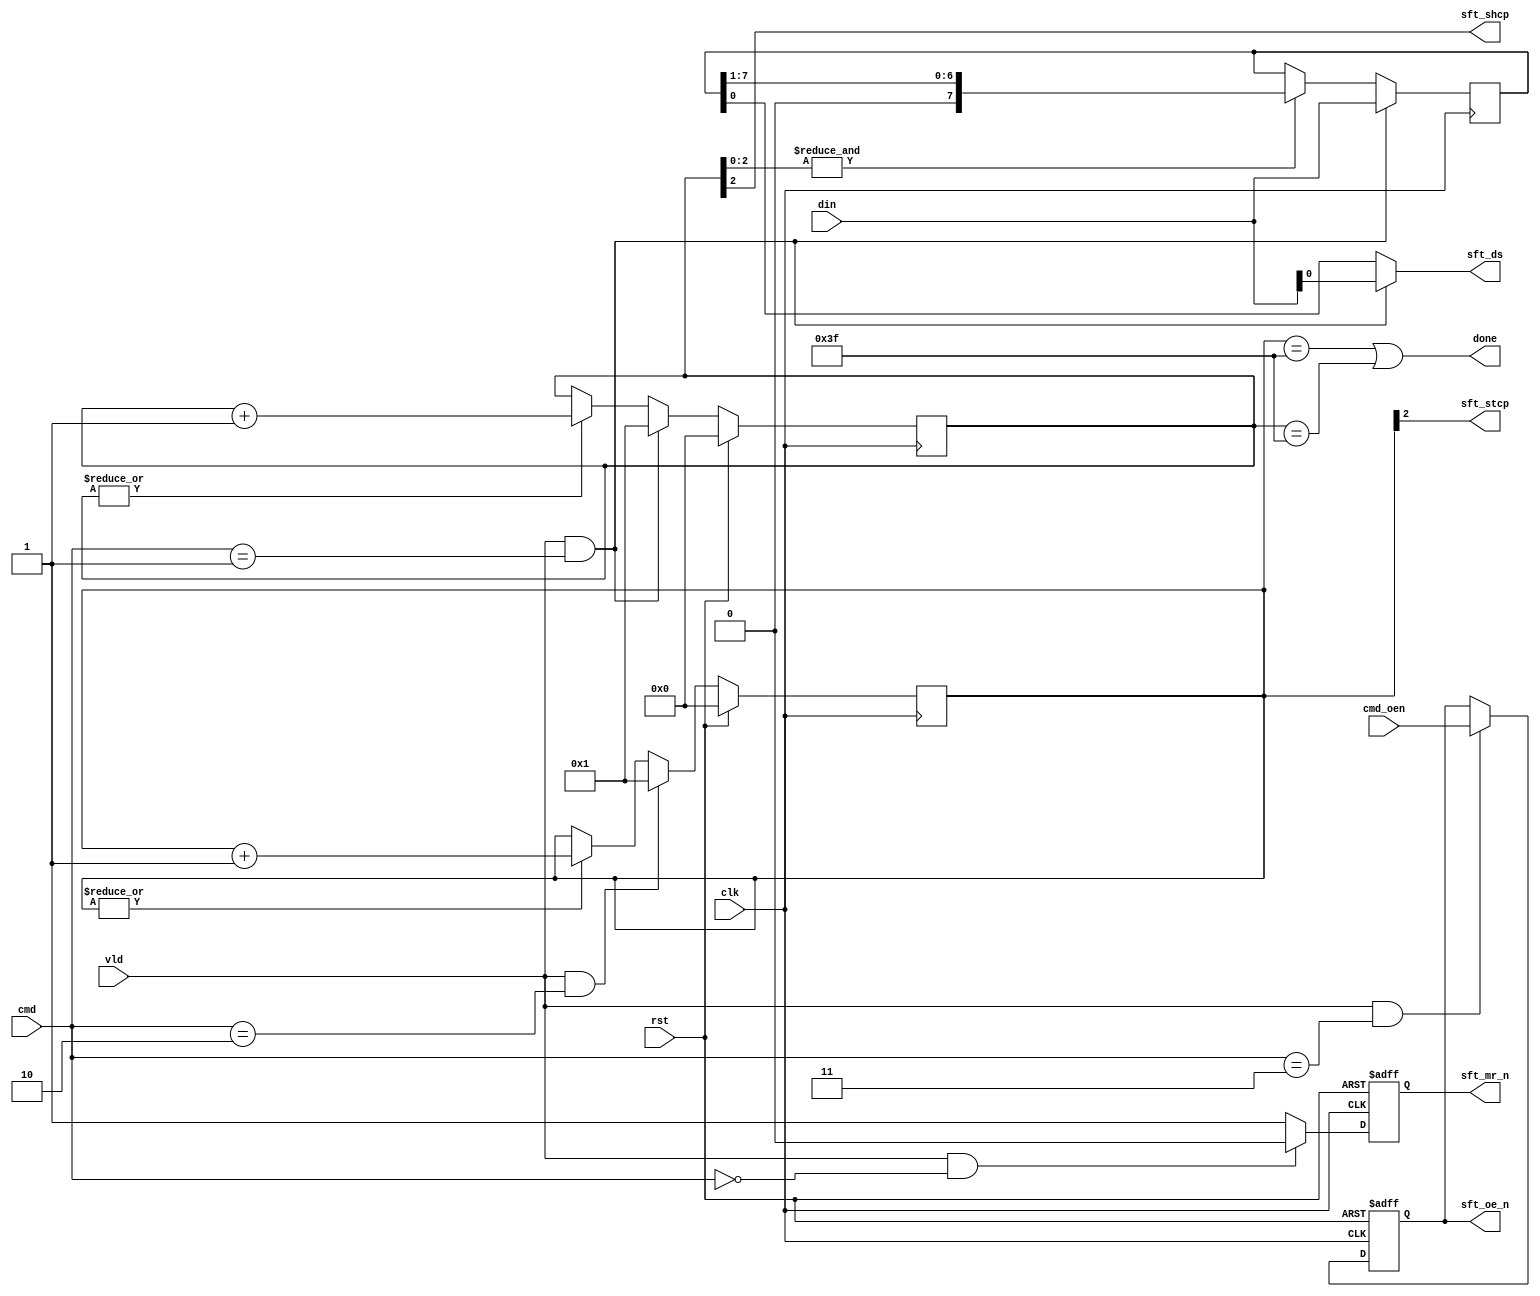
module shift(
input        clk      ,
input        rst      ,
input        vld      ,
input  [1:0] cmd      ,
input        cmd_oen  ,
input  [7:0] din      ,
output       done     ,

output       sft_shcp ,
output       sft_ds   ,
output       sft_stcp ,
output       sft_mr_n ,
output       sft_oe_n 
);

reg sft_mr_n ;
reg sft_oe_n ;
always @ ( posedge clk or posedge rst ) begin
	if( rst )
		sft_mr_n <= 1'b1 ;
	else if( vld && cmd == 2'b00 )
		sft_mr_n <= 1'b0 ;
	else
		sft_mr_n <= 1'b1 ;
end

always @ ( posedge clk or posedge rst ) begin
	if( rst )
		sft_oe_n <= 1'b1 ;
	else if( vld && cmd == 2'b11 )
		sft_oe_n <= cmd_oen ;
end

//--------------------------------------------------
// shcp counter
//--------------------------------------------------
reg [5:0] shcp_cnt ;
always @ ( posedge clk ) begin
	if( rst )
		shcp_cnt <= 0 ;
	else if( vld && cmd == 2'b01 )
		shcp_cnt <= 1 ;
	else if( |shcp_cnt )
		shcp_cnt <= shcp_cnt + 1 ;
end

assign sft_shcp = shcp_cnt[2] ;

reg [7:0] data ;
always @ ( posedge clk ) begin
	if( vld && cmd == 2'b01 )
		data <= din ;
	else if( &shcp_cnt[2:0] )
		data <= data >> 1 ;
end

assign sft_ds = (vld&&cmd==2'b01) ? din[0] : data[0] ;


//--------------------------------------------------
// sft_stcp
//--------------------------------------------------
reg [5:0] stcp_cnt ;
always @ ( posedge clk ) begin
	if( rst )
		stcp_cnt <= 0 ;
	else if( vld && cmd == 2'b10 )
		stcp_cnt <= 1 ;
	else if( |stcp_cnt )
		stcp_cnt <= stcp_cnt + 1 ;
end
assign sft_stcp = stcp_cnt[2] ;

//--------------------------------------------------
// done
//--------------------------------------------------
assign done = (stcp_cnt == 63) || (shcp_cnt == 63) ;

endmodule